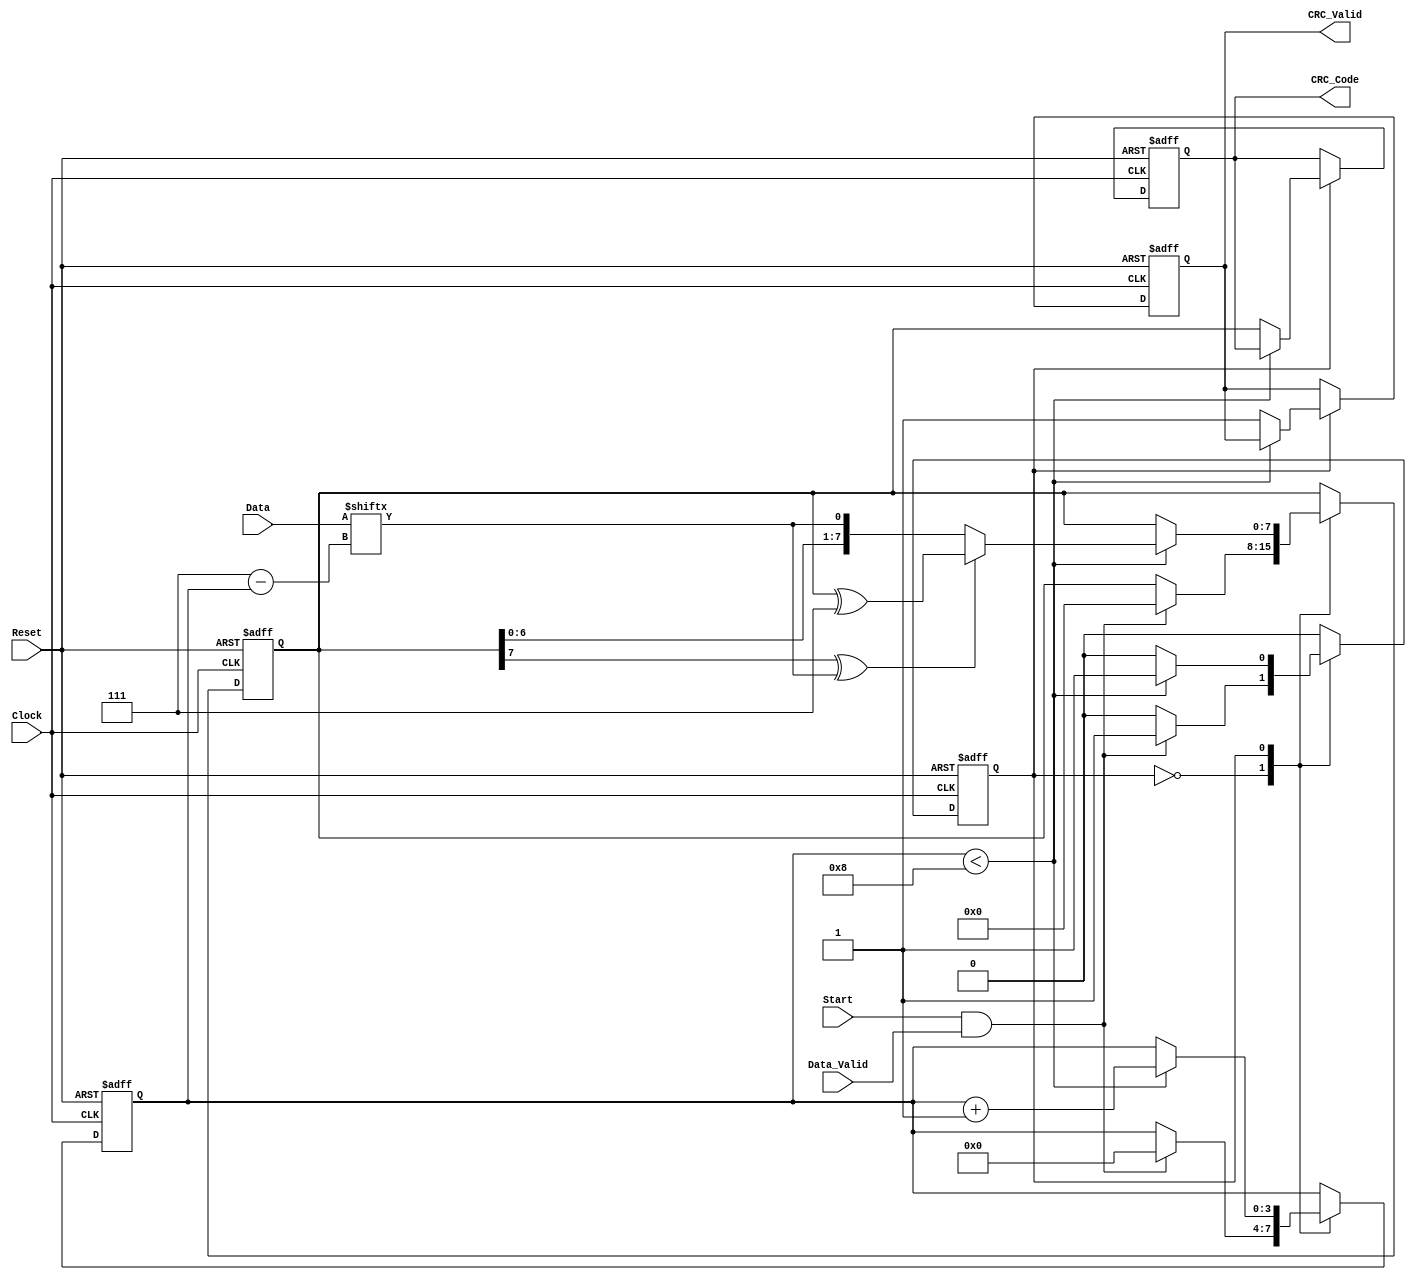
module parameterized_crc #(
    parameter CRC_Width = 8,          // Width of the CRC output
    parameter Polynomial = 8'h07,      // Polynomial (example: x^8 + x^2 + x + 1)
    parameter Poly_Degree = 8,         // Degree of the polynomial
    parameter Initial_Value = {CRC_Width{1'b0}} // Initial value for CRC register
) (
    input wire [CRC_Width-1:0] Data,   // Input data
    input wire Data_Valid,               // Valid data signal
    input wire Reset,                    // Reset signal
    input wire Clock,                    // System clock
    input wire Start,                    // Start signal for CRC computation
    output reg [CRC_Width-1:0] CRC_Code, // Computed CRC checksum
    output reg CRC_Valid                 // Valid CRC output signal
);

    reg [CRC_Width-1:0] crc_reg;        // CRC shift register
    reg [3:0] bit_count;                 // Counter for the number of bits processed
    reg state;                           // State of the operation (idle or processing)

    localparam IDLE = 1'b0;
    localparam PROCESSING = 1'b1;

    always @(posedge Clock or posedge Reset) begin
        if (Reset) begin
            crc_reg <= Initial_Value;
            CRC_Code <= Initial_Value;
            CRC_Valid <= 1'b0;
            bit_count <= 4'b0;
            state <= IDLE;
        end else begin
            case (state)
                IDLE: begin
                    if (Start && Data_Valid) begin
                        crc_reg <= Initial_Value; // Initialize CRC register
                        bit_count <= 4'b0;         // Reset bit counter
                        state <= PROCESSING;       // Move to processing state
                    end
                end

                PROCESSING: begin
                    if (bit_count < CRC_Width) begin
                        // Shift in the data bit
                        crc_reg <= {crc_reg[CRC_Width-2:0], Data[CRC_Width-1-bit_count]};
                        // Polynomial division logic
                        if (crc_reg[CRC_Width-1] ^ Data[CRC_Width-1-bit_count]) begin
                            crc_reg <= crc_reg ^ Polynomial;
                        end
                        bit_count <= bit_count + 1; // Increment bit count
                    end else begin
                        // Complete CRC computation
                        CRC_Code <= crc_reg;         // Output the CRC code
                        CRC_Valid <= 1'b1;           // Assert valid CRC output
                        state <= IDLE;               // Return to idle state
                    end
                end

                default: state <= IDLE; // Default to IDLE state
            endcase
        end
    end

endmodule